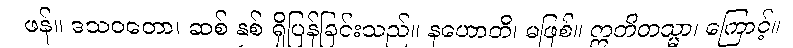
ဖန်။ ဒသဝတော၊ ဆစ် နှစ် ရှိပြန်ခြင်းသည်။ နဟောတိ၊ မဖြစ်။ ဣတိတသ္မာ၊ ကြောင့်။